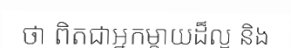
ថា ពិតជាអ្នកម្តាយដ៏ល្អ និង